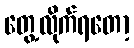
တွေ့လိုက်ရတော့